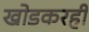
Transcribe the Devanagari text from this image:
खोडकरही